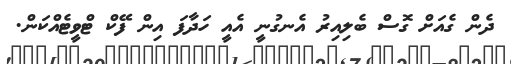
ދެން ގެއަށް ގޮސް ބެލިއިރު އެނގުނީ އެއީ ހަދާފަ އިން ފޭކް ޓްވީޓެއްކަން.